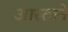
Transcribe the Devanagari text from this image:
आस्ताने